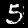
Label: 5